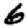
Digit: 6